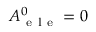
A _ { \mathrm { ~ e ~ l ~ e ~ } } ^ { 0 } = 0